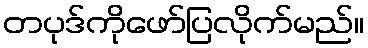
တပုဒ်ကိုဖော်ပြလိုက်မည်။